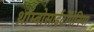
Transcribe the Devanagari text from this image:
थ्रॉम्बोसाईटोपेनिया